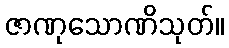
ဇာဏုသောဏိသုတ်။